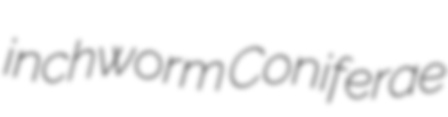
inchworm Coniferae